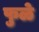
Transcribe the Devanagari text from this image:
फुळे